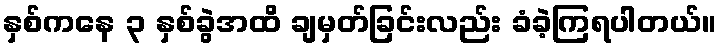
နှစ်ကနေ ၃ နှစ်ခွဲအထိ ချမှတ်ခြင်းလည်း ခံခဲ့ကြရပါတယ်။